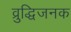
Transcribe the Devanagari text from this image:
व्रुद्धिजनक